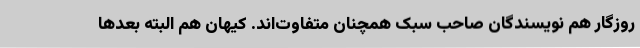
روزگار هم نویسندگان صاحب سبک همچنان متفاوت‌اند. کیهان هم البته بعدها